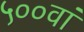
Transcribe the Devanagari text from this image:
५००वां